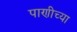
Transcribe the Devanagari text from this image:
पाणीच्या